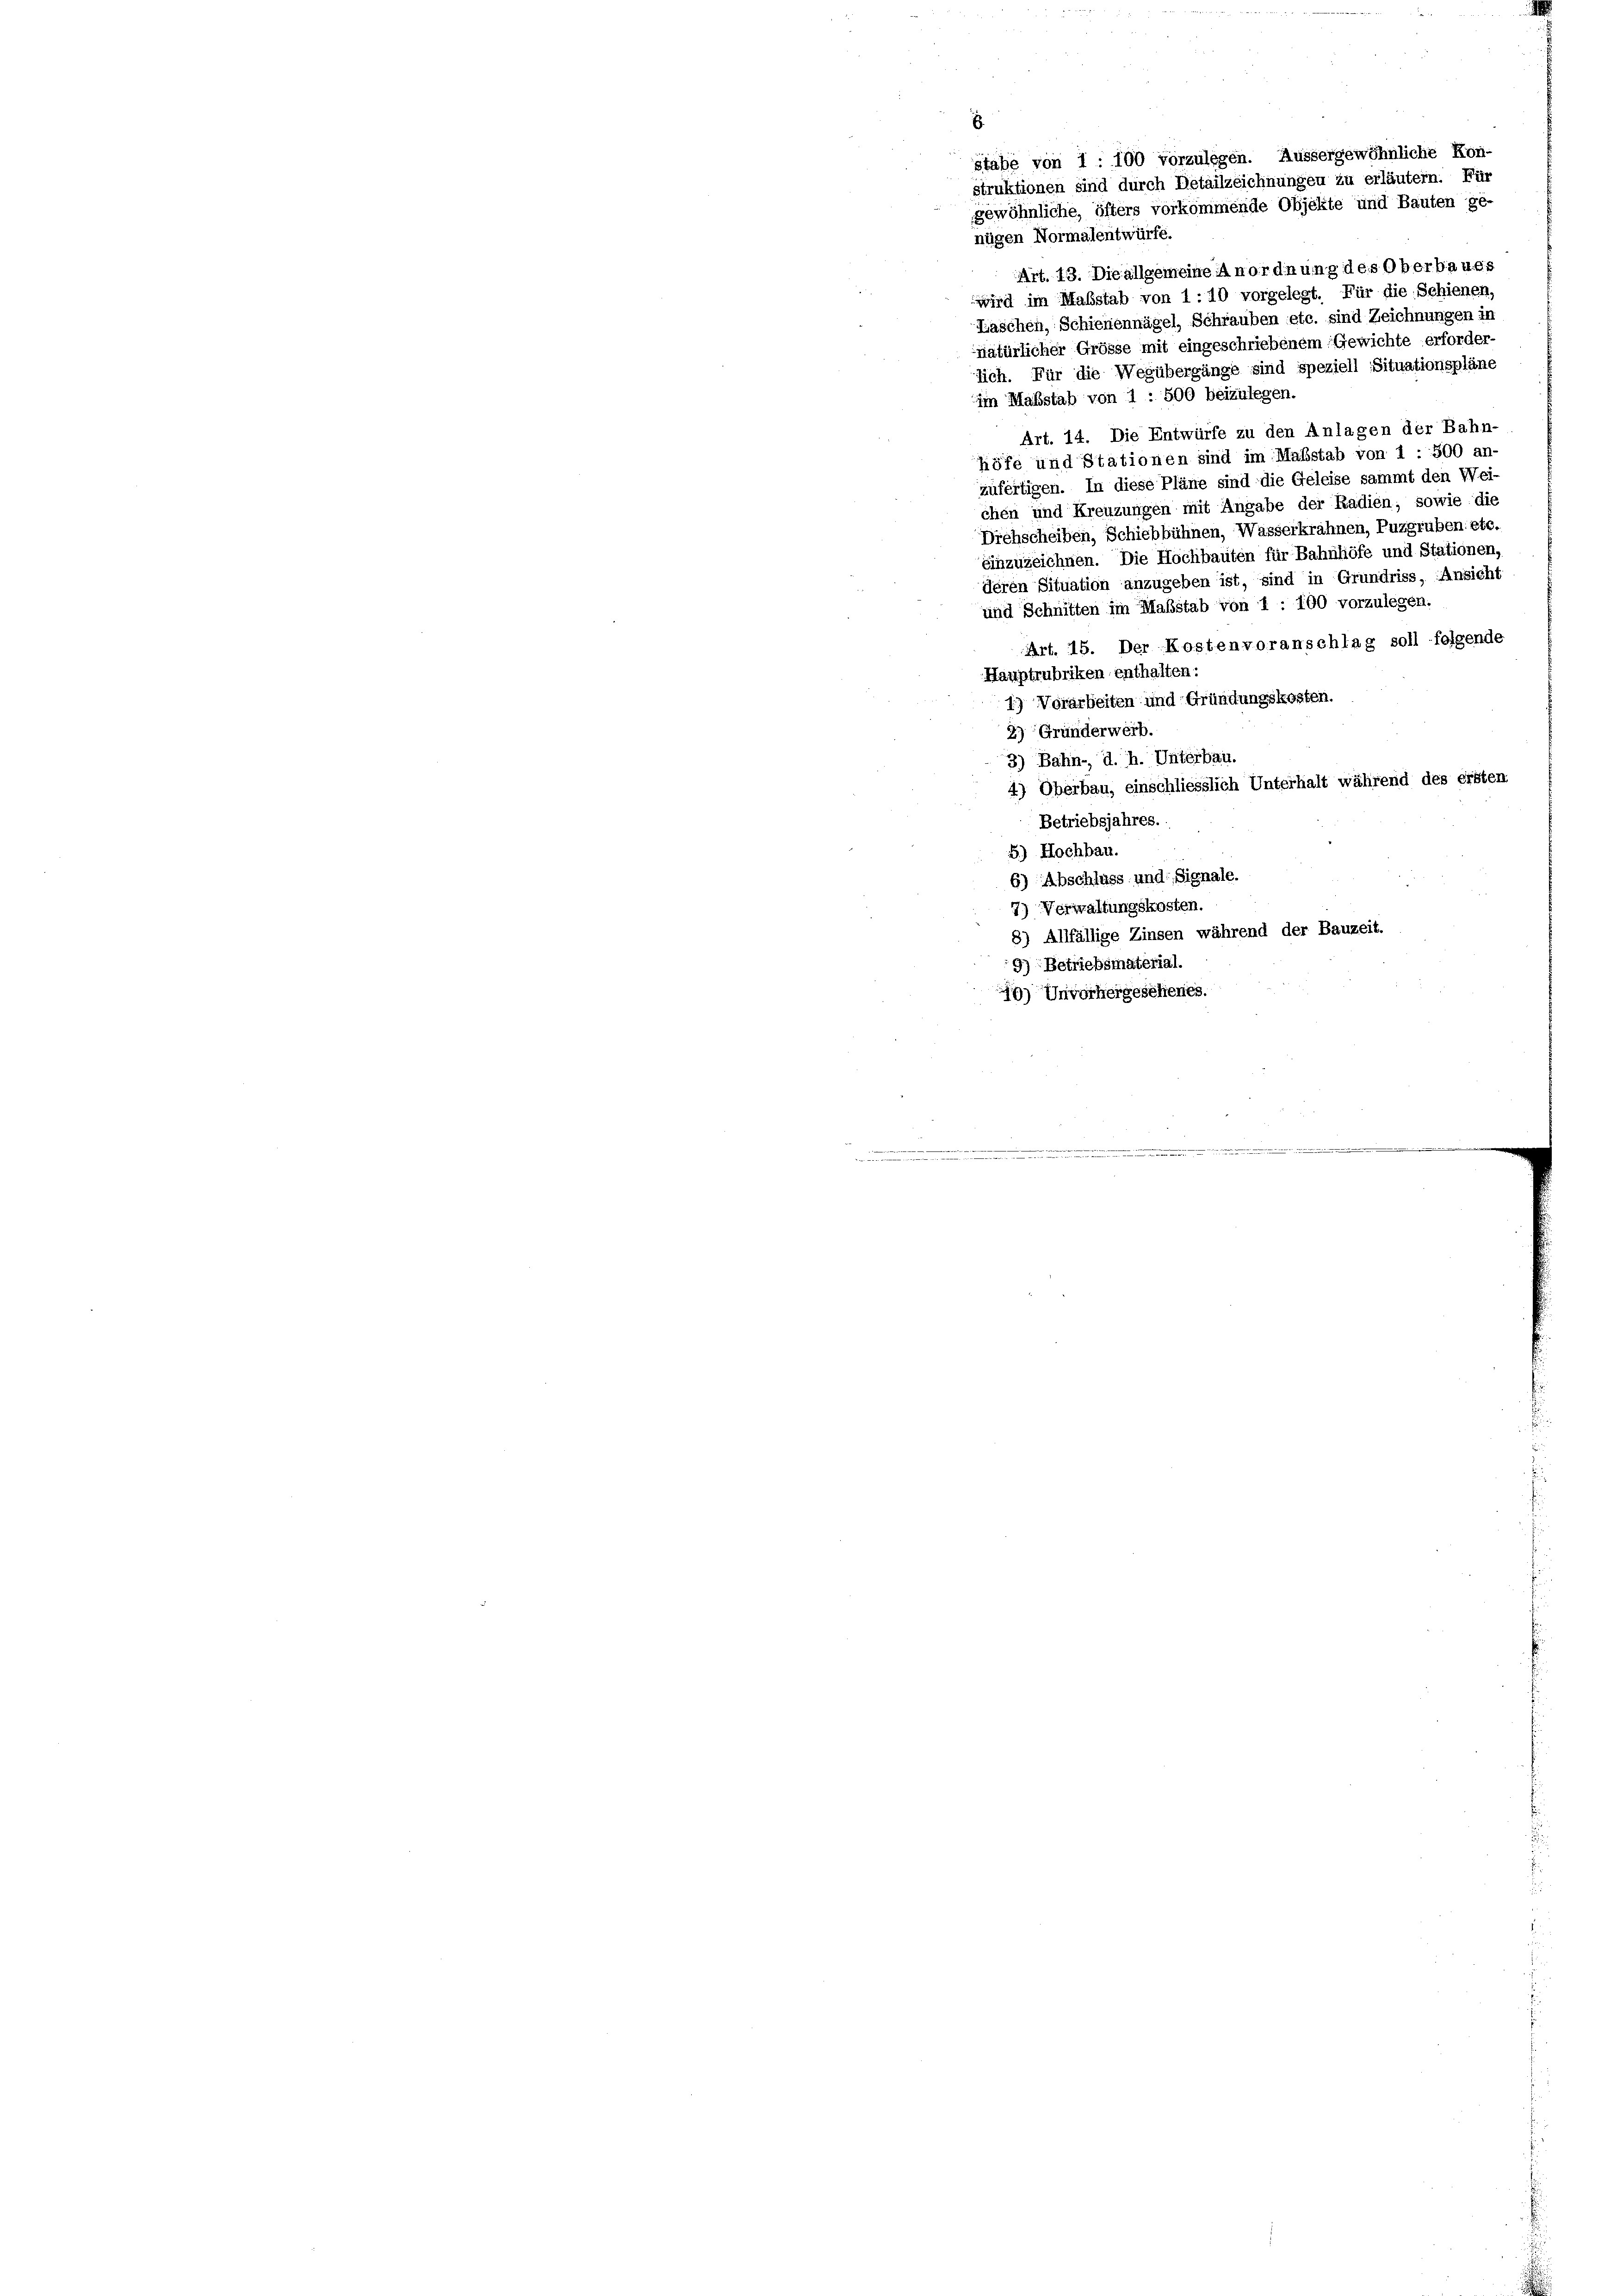
Stäbe von 1 : 100 vorzulegen. Aussergewöhnliche Kon-
struktionen sind durch Detailzeichnungen zu erläutern. Für
gewöhnliche, öfters vorkommende Objekte und Bauten ge-

nügen Normalentwürfe.
Art. 13. Die allgemeine Anordnung des Oberbaues
wird im Maßstab von 1 : 10 vorgelegt. Für die Schienen
Zascheh, Schienennägel, Schrauben etc. sind Zeichnungen in
natürlicher Grösse mit eingeschriebenem Gewichte erforder-
lich. Für die Wegübergänge sind speziell Situationspläne
im Maßstab von 1 : 500 beizulegen.
Art. 14. Die Entwürfe zu den Anlagen der Bahn-
höfe und Stationen sind im Maßstab von 1 : 500 an-
zufertigen. In diese Pläne sind die Geleise sammt den Wei-
chen und Kreuzungen mit Angabe der Radien; sowie die
Drehscheiben, Schiebbühnen, Wasserkrahnen, Puzgruben. etc.
einzuzeichnen. Die Hochbauten für Bahnhöfe und Stationen,
deren Situation anzugeben ist, sind in Grundriss, Ansicht
und Schnitten im Maßstab von 1 - 100 vorzulegen.
Art. 15. Der Kostenvoranschlag soll folgende
Hauptrubriken enthalten:
1) Vorarbeiten und Gründungskosten.
2) Gründerwerb.
3) Bahn- d. h. Unterbau.
4) Oberbau, einschliesslich Unterhalt während des ersten
Betriebsjahres.
5.) Hochbau.
6) Abschluss und Signale.
7) Verwaltungskosten.
8) Allfällige Zinsen während der Bauzeit.
9) Betriebsmaterial.
9) Unvorhergesehenes.